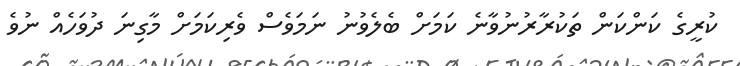
ކުރީގެ ކަންކަން ތަކުރާރުނުވާނެ ކަމަށް ބެލެވުނު ނަމަވެސް ވެރިކަމަށް މާގިނަ ދުވަހެއް ނުވެ